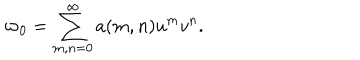
\varpi _ { 0 } = \sum _ { m , n = 0 } ^ { \infty } a ( m , n ) u ^ { m } v ^ { n } .